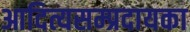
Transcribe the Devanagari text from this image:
आदित्यसम्प्रदायका